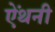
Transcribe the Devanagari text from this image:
ऐंथनी